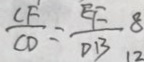
\frac { C F } { C D } = \frac { E F } { D B }